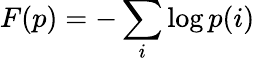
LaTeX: F(p)=-\sum_{i}\log p(i)